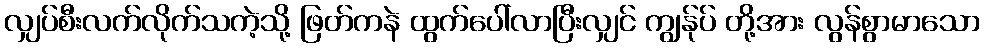
လျှပ်စီးလက်လိုက်သကဲ့သို့ ဖြတ်ကနဲ ထွက်ပေါ်လာပြီးလျှင် ကျွန်ုပ် တို့အား လွန်စွာမာသော